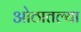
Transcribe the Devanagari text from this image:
ओठातल्या